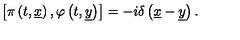
\left[ \pi \left( t , \underline { { x } } \right) , \varphi \left( t , \underline { { y } } \right) \right] = - i \delta \left( \underline { { x } } - \underline { { y } } \right) .